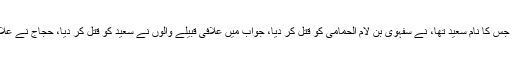
حجاج کے مقرر کردہ مالیاتی عامل جس کا نام سعید تھا، نے سفہوی بن لام الحمامی کو قتل کر دیا، جواب میں علافی قبیلے والوں نے سعید کو قتل کر دیا، حجاج نے علافیوں کے کئی لوگوں کو قتل کروایا۔